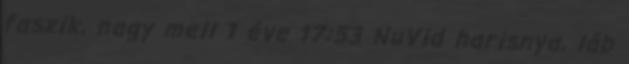
faszik, nagy mell 1 éve 17:53 NuVid harisnya, láb